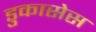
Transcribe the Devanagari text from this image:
डुकासेस